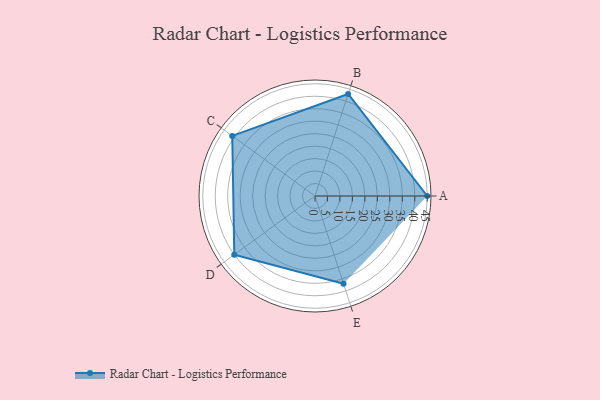
{"axis": {"x": "Skill", "y": "Score"}, "legend": ["Profile"], "data": [{"x": "A", "y": 45.0, "type": "Profile"}, {"x": "B", "y": 43.0, "type": "Profile"}, {"x": "C", "y": 41.0, "type": "Profile"}, {"x": "D", "y": 40.0, "type": "Profile"}, {"x": "E", "y": 37.0, "type": "Profile"}]}